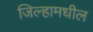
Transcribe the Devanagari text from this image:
जिल्हामधील